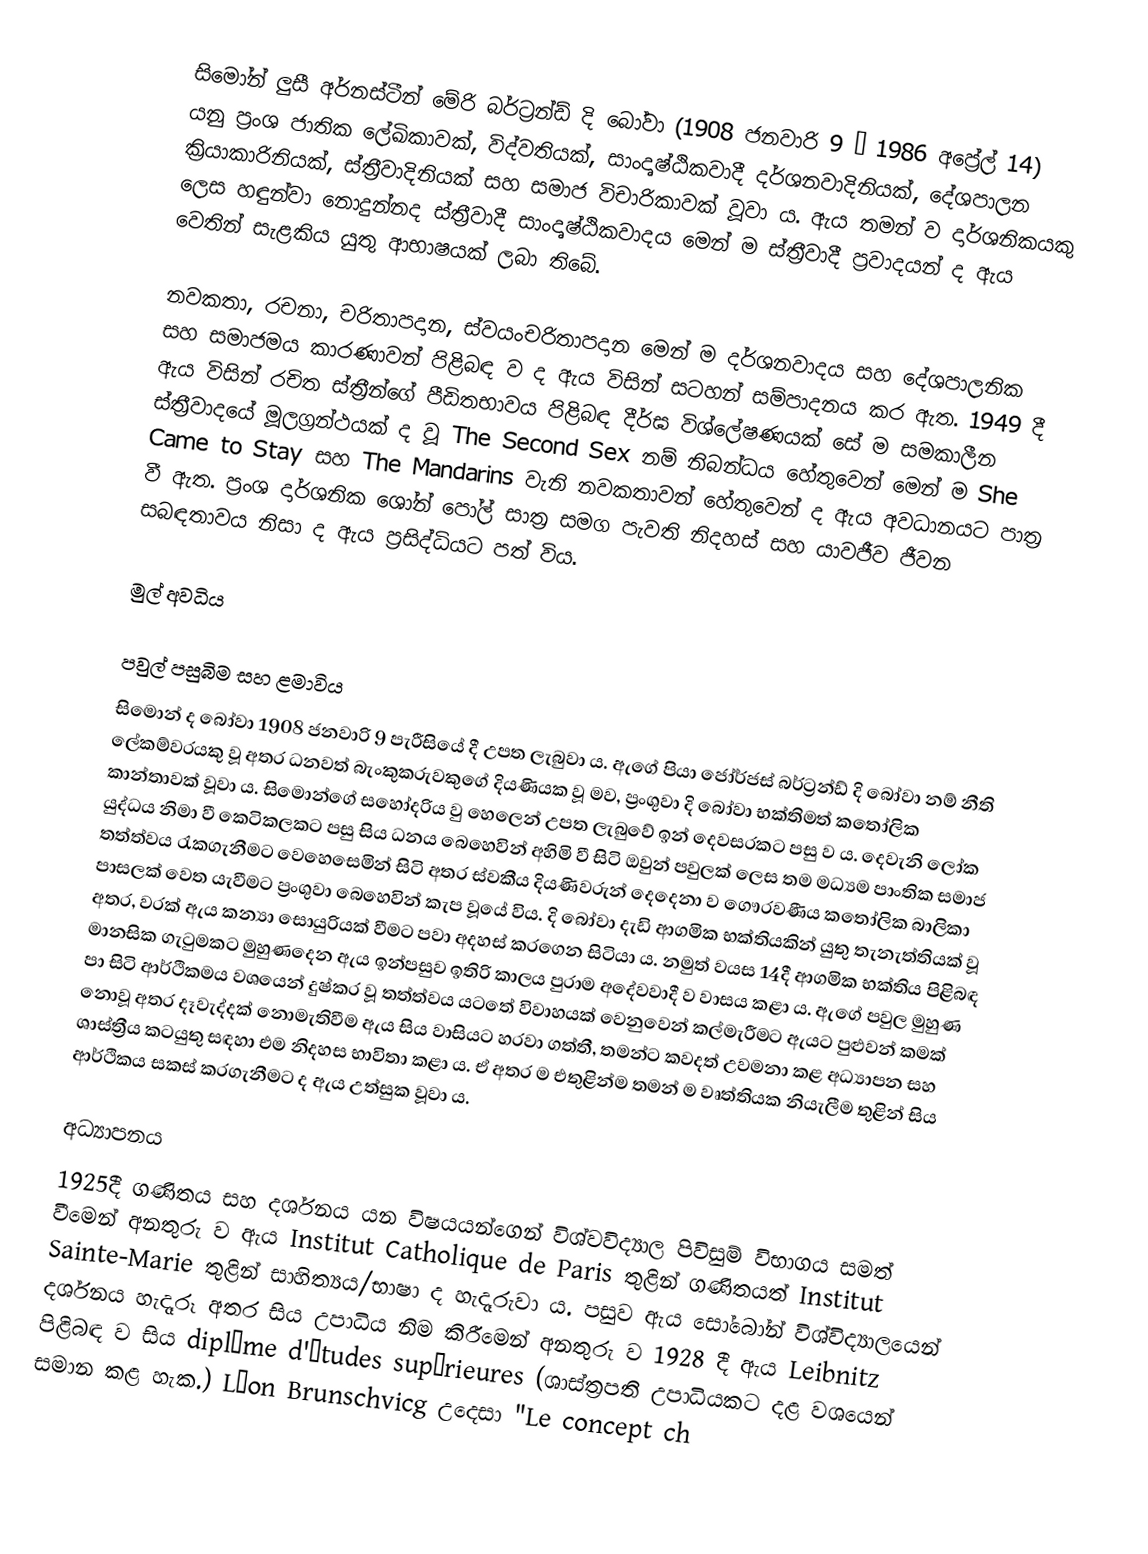
සිමෝන් ලුසී අර්නස්ටීන් මේරි බර්ට්‍රන්ඩ් දි බෝවා  (1908 ජනවාරි 9 – 1986 අප්‍රේල් 14)  යනු ප්‍රංශ ජාතික ලේඛිකාවක්, විද්වතියක්, සාංදෘෂ්ඨිකවාදී දර්ශනවාදිනියක්, දේශපාලන ක්‍රියාකාරිනියක්, ස්ත්‍රීවාදිනියක් සහ සමාජ විචාරිකාවක් වූවා ය. ඇය තමන් ව දාර්ශනිකයකු ලෙස හඳුන්වා නොදුන්නද ස්ත්‍රීවාදී සාංදෘෂ්ඨිකවාදය මෙන් ම ස්ත්‍රීවාදී ප්‍රවාදයන්  ද ඇය වෙතින් සැළකිය යුතු ආභාෂයක් ලබා තිබේ.

නවකතා, රචනා, චරිතාපදාන, ස්වයංචරිතාපදාන මෙන් ම දර්ශනවාදය සහ දේශපාලනික සහ සමාජමය කාරණාවන් පිළිබඳ ව ද ඇය විසින් සටහන් සම්පාදනය කර ඇත. 1949 දී ඇය විසින් රචිත ස්ත්‍රීන්ගේ පීඩිතභාවය පිළිබඳ දීර්ඝ විශ්ලේෂණයක් සේ ම සමකාලීන ස්ත්‍රීවාදයේ මූලග්‍රන්ථයක් ද වූ  The Second Sex  නම් නිබන්ධය හේතුවෙන් මෙන් ම  She Came to Stay සහ The Mandarins  වැනි නවකතාවන් හේතුවෙන් ද ඇය අවධානයට පාත්‍ර වී ඇත. ප්‍රංශ දාර්ශනික ශෝන් පෝල් සාත්‍ර සමග පැවති නිදහස් සහ යාවජීව ජීවන සබඳතාවය නිසා ද ඇය ප්‍රසිද්ධියට පත් විය.

මුල් අවධිය

පවුල් පසුබිම සහ ළමාවිය
සිමොන් ද බෝවා 1908 ජනවාරි 9 පැරීසියේ දී උපත ලැබුවා ය. ඇගේ පියා ජෝර්ජස් බර්ට්‍රන්ඩ් දි බෝවා නම් නීති ලේකම්වරයකු වූ අතර ධනවත් බැංකුකරුවකුගේ දියණියක වූ මව, ප්‍රංශුවා දි බෝවා භක්තිමත් කතෝලික කාන්තාවක් වූවා ය. සිමොන්ගේ සහෝදරිය වු හෙලෙන් උපත ලැබුවේ ඉන් දෙවසරකට පසු ව ය. දෙවැනි ලෝක යුද්ධය නිමා වී කෙටිකලකට පසු සිය ධනය බෙහෙවින් අහිමි වී සිටි ඔවුන් පවුලක් ලෙස තම මධ්‍යම පාංතික සමාජ තත්ත්වය රැකගැනීමට වෙහෙසෙමින් සිටි අතර ස්වකීය දියණිවරුන් දෙදෙනා ව ගෞරවණීය කතෝලික බාලිකා පාසලක් වෙත යැවීමට ප්‍රංශුවා බෙහෙවින් කැප වූයේ විය. දි බෝවා  දැඩි ආගමික භක්තියකින් යුතු තැනැත්තියක් වූ අතර, වරක් ඇය කන්‍යා සොයුරියක් වීමට පවා අදහස් කරගෙන සිටියා ය. නමුත් වයස 14දී  ආගමික භක්තිය පිළිබඳ මානසික ගැටුමකට මුහුණදෙන ඇය ඉන්පසුව ඉතිරි කාලය පුරාම අදේවවාදී ව වාසය කළා ය.  ඇගේ පවුල මුහුණ පා සිටි ආර්ථිකමය වශයෙන් දුෂ්කර වූ තත්ත්වය යටතේ විවාහයක් වෙනුවෙන් කල්මැරීමට ඇයට පුළුවන් කමක් නොවූ අතර දෑවැද්දක් නොමැතිවීම  ඇය සිය වාසියට හරවා ගත්තී, තමන්ට කවදත් උවමනා කළ අධ්‍යාපන සහ ශාස්ත්‍රීය කටයුතු සඳහා  එම නිදහස භාවිතා කළා ය. ඒ අතර ම එතුළින්ම තමන් ම වෘත්තියක නියැලීම තුළින් සිය ආර්ථිකය සකස් කරගැනීමට ද ඇය උත්සුක වූවා ය.

අධ්‍යාපනය
1925දී ගණිතය සහ දර්ශනය යන විෂයයන්ගෙන් විශ්වවිද්‍යාල පිවිසුම් විභාගය සමත් වීමෙන් අනතුරු ව ඇය Institut Catholique de Paris තුළින් ගණිතයත්  Institut Sainte-Marie තුළින් සාහිත්‍යය/භාෂා ද හැදෑරුවා ය. පසුව ඇය සෝබෝන් විශ්විද්‍යාලයෙන් දර්ශනය හැදෑරූ අතර සිය උපාධිය නිම කිරීමෙන් අනතුරු ව 1928 දී ඇය Leibnitz පිළිබඳ ව සිය diplôme d'études supérieures (ශාස්ත්‍රපති උපාධියකට දළ වශයෙන් සමාන කළ හැක.)  Léon Brunschvicg උදෙසා  "Le concept ch